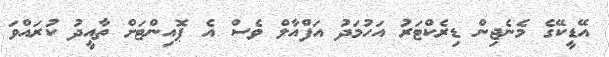
އޭޑީކޭގެ މެނެޖިން ޑިރެކްޓަރު އަހުމަދު އަފްއާލް ވެސް އެ ޕޮއިންޓަށް ތާއީދު ކުރައްވަ